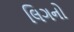
લિગનો